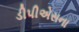
ડીપીએસના